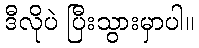
ဒီလိုပဲ ပြီးသွားမှာပါ။